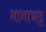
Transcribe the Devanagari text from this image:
गागाभट्ट